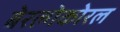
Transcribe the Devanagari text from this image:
बेरल्गेकोरल